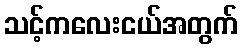
သင့်ကလေးငယ်အတွက်